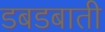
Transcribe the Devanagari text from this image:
डबडबाती